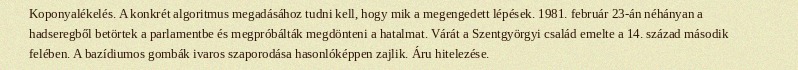
Koponyalékelés. A konkrét algoritmus megadásához tudni kell, hogy mik a megengedett lépések. 1981. február 23-án néhányan a hadseregből betörtek a parlamentbe és megpróbálták megdönteni a hatalmat. Várát a Szentgyörgyi család emelte a 14. század második felében. A bazídiumos gombák ivaros szaporodása hasonlóképpen zajlik. Áru hitelezése.